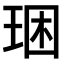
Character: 𤥳